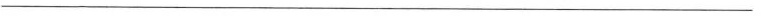
___